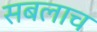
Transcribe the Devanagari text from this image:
सबलाच